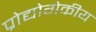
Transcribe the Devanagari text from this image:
प्रोद्योगेकीय